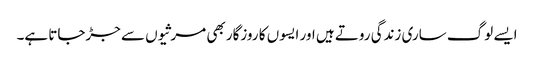
ایسے لوگ ساری زندگی روتے ہیں اور ایسوں کا روزگار بھی مرثیوں سے جڑجاتا ہے۔